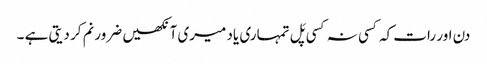
دن اور رات کہ کسی نہ کسی پَل تمہاری یاد میری آنکھیں ضرور نم کر دیتی ہے ۔